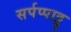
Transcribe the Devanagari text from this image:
सर्पप्पाट्टु